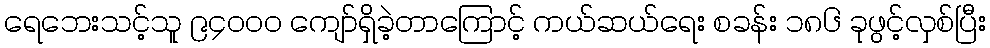
ရေဘေးသင့်သူ ၉၄၀၀၀ ကျော်ရှိခဲ့တာကြောင့် ကယ်ဆယ်ရေး စခန်း ၁၈၆ ခုဖွင့်လှစ်ပြီး